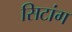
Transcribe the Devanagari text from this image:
सिटांग